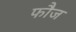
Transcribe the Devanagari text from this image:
फाैज